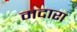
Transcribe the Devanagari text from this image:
मदारा